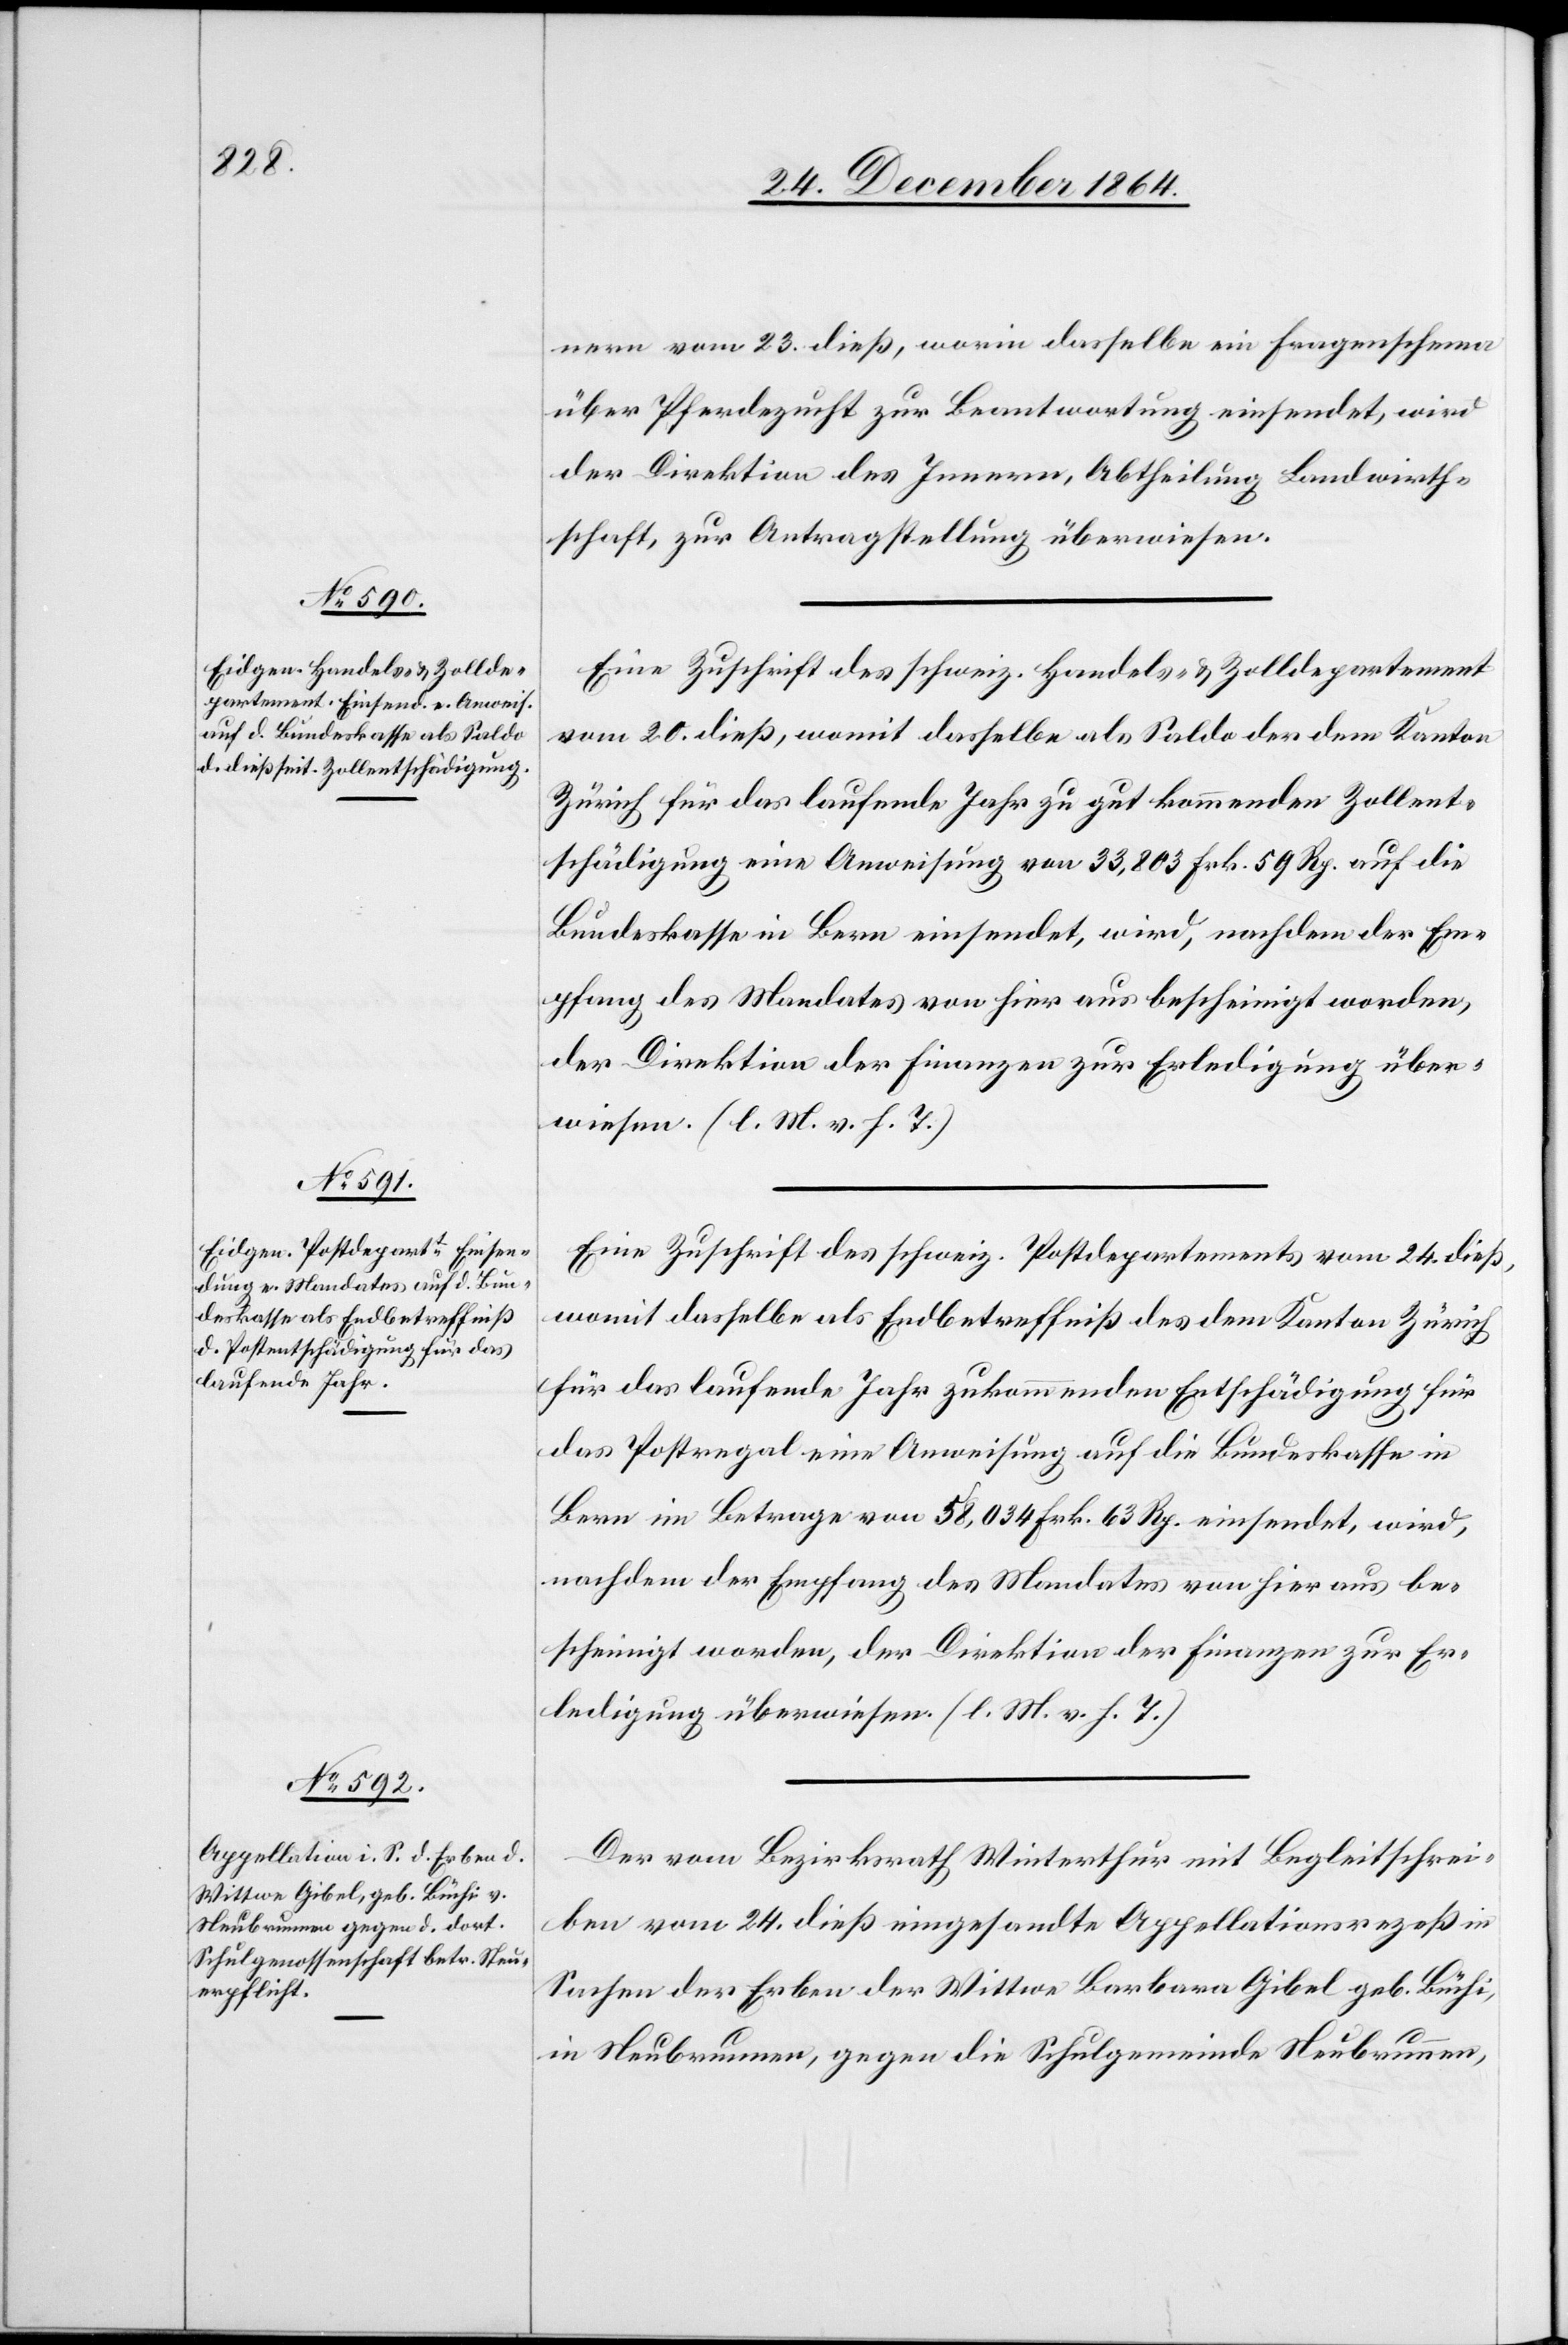
26. December 1864.]
nern vom 23. dieß, worin dasselbe ein Fragenschema
über Pferdezucht zur Beantwortung einsendet, wird
der Direktion des Innern, Abtheilung Landwirth¬
schaft, zur Antragstellung überwiesen.
Eine Zuschrift des schweiz. Handels- & Zolldepartement
vom 20. dieß, womit dasselbe als Saldo der dem Kanton
Zürich für das laufende Jahr zu gut kommenden Zollent¬
schädigung eine Anweisung von 33,803 Frk. 59 Rp. auf die
Bundeskasse in Bern einsendet, wird, nachdem der Em¬
pfang des Mandates von hier aus bescheinigt worden,
der Direktion der Finanzen zur Erledigung über¬
wiesen. (l. M. v. h. T.)
Eine Zuschrift des schweiz. Postdepartements vom 24. dieß,
womit dasselbe als Endbetreffniß des dem Kanton Zürich
für das laufende Jahr zukommenden Entschädigung für
das Postregal eine Anweisung auf die Bundeskasse in
Bern im Betrage von 58,034 Frk. 63 Rp. einsendet, wird,
nachdem der Empfang des Mandates von hier aus be¬
scheinigt worden, der Direktion der Finanzen zur Er¬
ledigung überwiesen. (l. M. v. h. T.)
Der vom Bezirksrath Winterthur mit Begleitschrei¬
ben vom 24. dieß eingesandte Appellationsrezeß in
Sachen der Erben der Wittwe Barbara Gibel geb. Büchi,
in Neubrunnen, gegen die Schulgemeinde Neubrunnen,